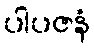
ပါပဇနံ